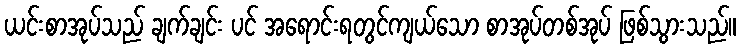
ယင်းစာအုပ်သည် ချက်ချင်း ပင် အရောင်းရတွင်ကျယ်သော စာအုပ်တစ်အုပ် ဖြစ်သွားသည်။